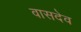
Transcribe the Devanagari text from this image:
वासदेव